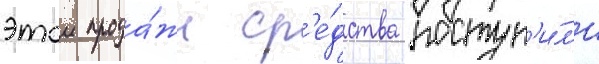
этои прода́жи ср'е́дства поступ'и́л'и